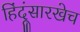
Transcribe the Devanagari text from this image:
हिंदूंसारखेच